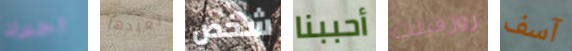
أخبرك نعيدها شخص أحببنا روزفيلت آسف